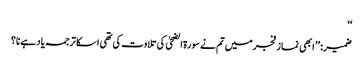
‘‘
ضمیر: ’’ ابھی نماز فجرمیں تم نے سورۃ الضحیٰ کی تلاوت کی تھی ا سکا ترجمہ یاد ہے نا؟